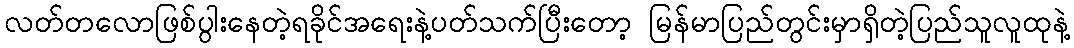
လတ်တလောဖြစ်ပွါးနေတဲ့ရခိုင်အရေးနဲ့ပတ်သက်ပြီးတော့ မြန်မာပြည်တွင်းမှာရှိတဲ့ပြည်သူလူထုနဲ့